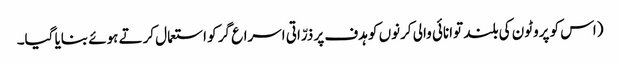
(اس کو پروٹون کی بلند توانائی والی کرنوں کو ہدف پر ذرّاتی اسراع گر کو استعمال کرتے ہوئے بنایا گیا۔